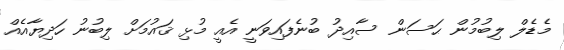
މެޑެލް ލިބުމުން ޙަސަން ސާއިދު ބުނެފައިވަނީ އެއީ މުޅި ޤައުމަށް ލިބުނު ހަދިޔާއެއް